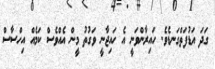
ގަދަ އަޑުފަތްގަނޑެވެ. ހައިރާންވަނީ އެ ހައިޖާނީ ވަގުތު މީން އެއްވެސް ކަމެއް އިހްސާސް